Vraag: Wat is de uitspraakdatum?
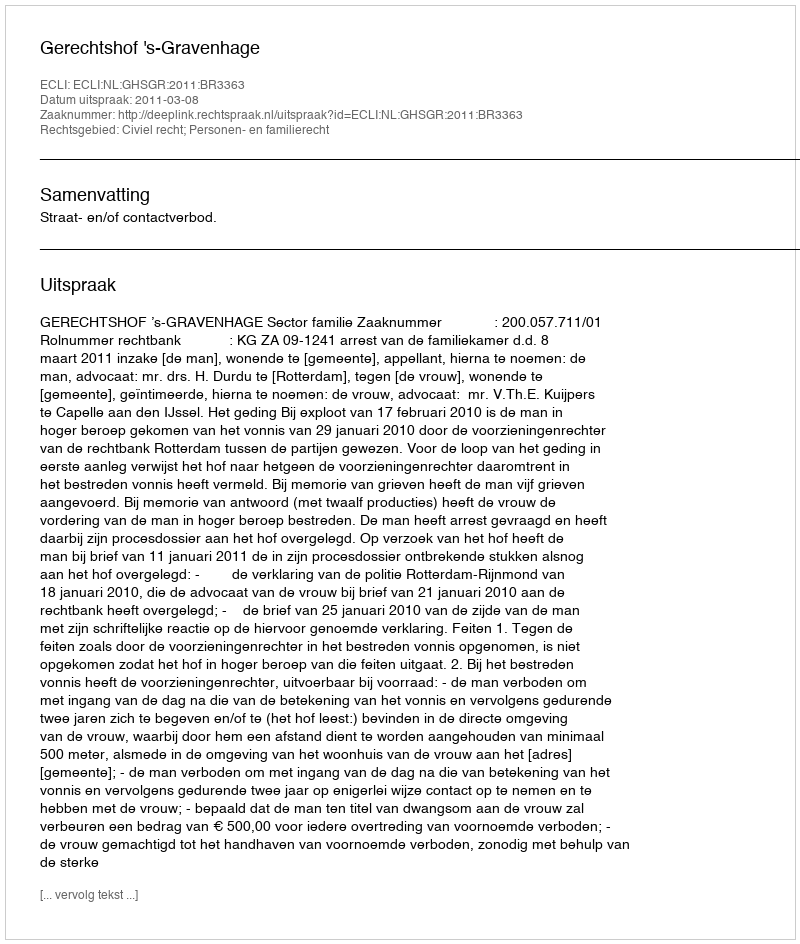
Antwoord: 2011-03-08